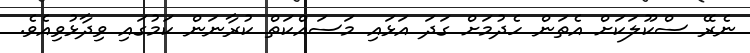
ނެރޭ ސްކޫލަކަށް އެތަން ހެދުމަށް ގަދަ އަޅައި މަސައްކަތް ކުރާނަން ކަމުގައި ވިދާޅުވިއެވެ.